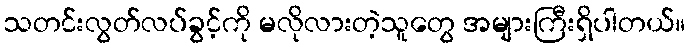
သတင်းလွတ်လပ်ခွင့်ကို မလိုလားတဲ့သူတွေ အများကြီးရှိပါတယ်။